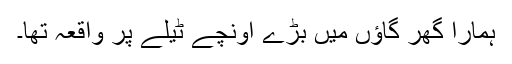
ہمارا گھر گاؤں میں بڑے اونچے ٹیلے پر واقعہ تھا۔